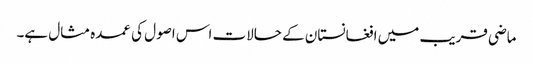
ماضی قریب میں افغانستان کے حالات اس اصول کی عمدہ مثال ہے۔